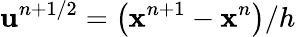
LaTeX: \mathbf{u}^{n+1/2}=\bigl(\mathbf{x}^{n+1}-\mathbf{x}^{n}\bigr)/h